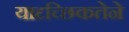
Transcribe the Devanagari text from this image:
यादृच्छिकतेने